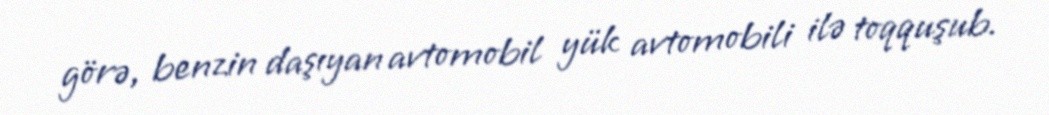
görə, benzin daşıyan avtomobil yük avtomobili ilə toqquşub.